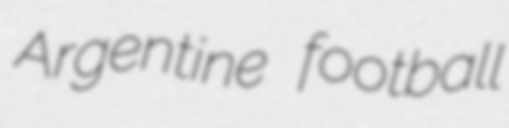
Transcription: Argentine football